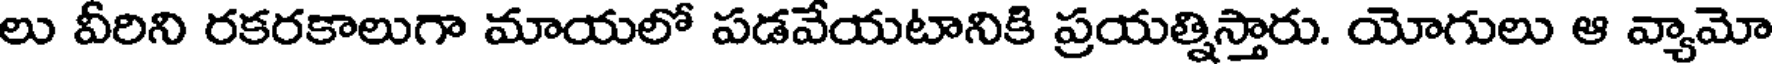
లు వీరిని రకరకాలుగా మాయలో పడవేయటానికి ప్రయత్నిస్తారు. యోగులు ఆ వ్యామో